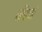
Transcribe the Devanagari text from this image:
मेंहाई